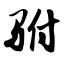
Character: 驸